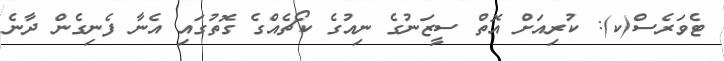
ޓެވަރެސް(ކ): ކުރިއަށް އޮތް ސީޒަނުގެ ނިއުގެ ކޯޗެއްގެ ގޮތުގައި އެނާ ފެނިގެން ދާނެ